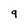
Character: 9